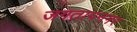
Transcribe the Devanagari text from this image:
जगतापनगर